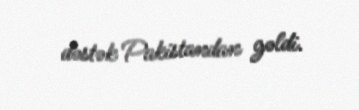
dəstək Pakistandan gəldi.